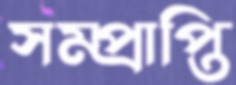
সম্প্রাপ্তি